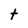
Character: t